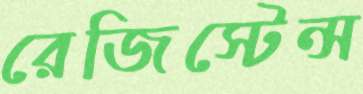
রেজিস্টেন্স